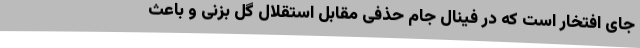
جای افتخار است که در فینال جام حذفی مقابل استقلال گل بزنی و باعث